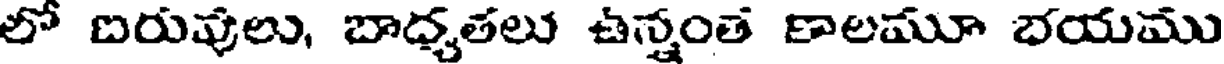
లో బరువులు, బాధృతలు ఉన్నంత కాలమూ భయము